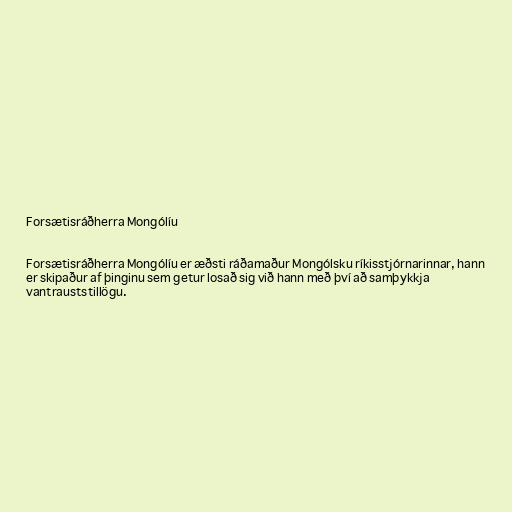
Forsætisráðherra Mongólíu

Forsætisráðherra Mongólíu er æðsti ráðamaður Mongólsku ríkisstjórnarinnar, hann
er skipaður af þinginu sem getur losað sig við hann með því að samþykkja
vantrauststillögu.